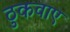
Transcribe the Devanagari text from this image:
ठुकवाए